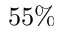
5 5 \%